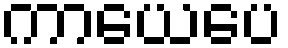
ကာယေပေ